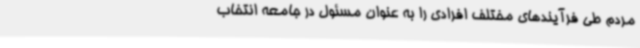
مردم طی فرآیندهای مختلف افرادی را به عنوان مسئول در جامعه انتخاب